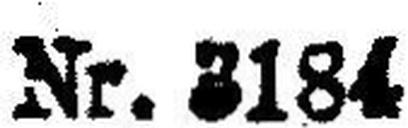
Nr. 3184